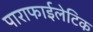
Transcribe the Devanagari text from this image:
पाराफाईलेटिक